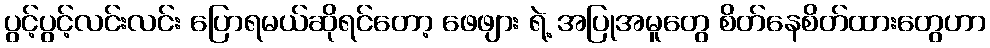
ပွင့်ပွင့်လင်းလင်း ပြောရမယ်ဆိုရင်တော့ ဖေဖျား ရဲ့ အပြုအမူတွေ စိတ်နေစိတ်ထားတွေဟာ